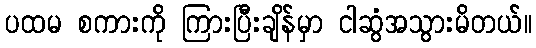
ပထမ စကားကို ကြားပြီးချိန်မှာ ငါဆွံအသွားမိတယ်။